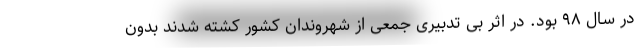
در سال ۹۸ بود. در اثر بی تدبیری جمعی از شهروندان کشور کشته شدند بدون